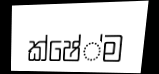
ක්ෂේ්ම